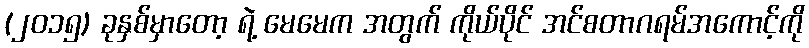
(၂၀၁၅) ခုနှစ်မှာတော့ ရဲ့ မေမေက အတွက် ကိုယ်ပိုင် အင်စတာဂရမ်အကောင့်ကို